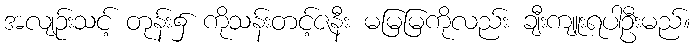
အလျဉ်းသင့် တုန်း၌ ကိုသန်းတင့်ဇနီး မမြမြကိုလည်း ချီးကျူးရပါဦးမည်။